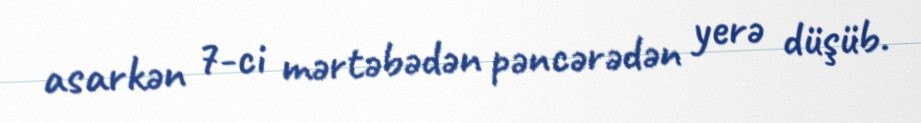
asarkən 7-ci mərtəbədən pəncərədən yerə düşüb.